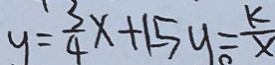
y = \frac { 3 } { 4 } x + 1 5 y = \frac { k } { x }